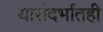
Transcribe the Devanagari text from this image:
यासंदर्भातही